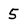
Character: 5